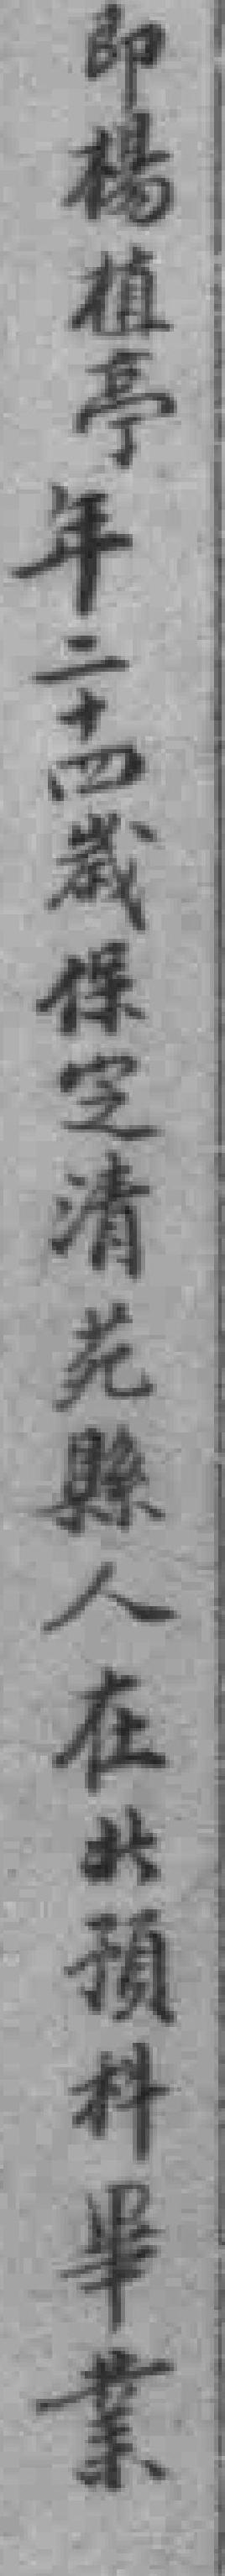
即楊植亭年二十四歲保㝎清苑縣人在北預科畢業